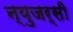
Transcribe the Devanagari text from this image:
न्युजर्सी